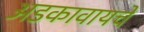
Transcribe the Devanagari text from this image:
अडकावायचे